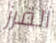
الفرز